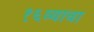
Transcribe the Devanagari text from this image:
१६व्याचा